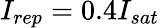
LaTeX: I_{rep}=0.4I_{sat}